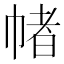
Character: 帾